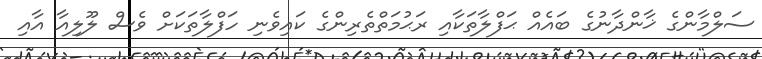
ސަލްމާންގެ ޚާންދާނުގެ ބައެއް ޙަފްލާތަކާއި ރަޙުމަތްތެރިންގެ ކައިވެނި ހަފްލާތަކަށް ވެސް ލޫލިއާ އާއި